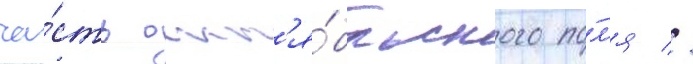
ча́сть окт'я́брьского по́л'я //